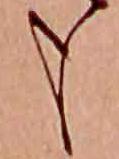
も